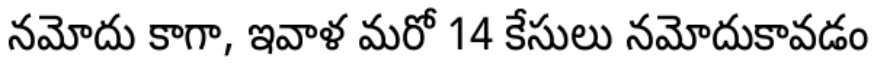
నమోదు కాగా, ఇవాళ మరో 14 కేసులు నమోదుకావడం